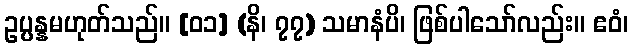
ဥပ္ပန္နမဟုတ်သည်။ [၀၁] (နိ၊ ၇၇) သမာနံပိ၊ ဖြစ်ပါသော်လည်း။ ဧဝံ၊